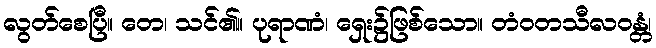
လွတ်စေပြီ။ တေ၊ သင်၏။ ပုရာဏံ၊ ရှေး၌ဖြစ်သော။ တံဝတသီလဝန္တံ၊